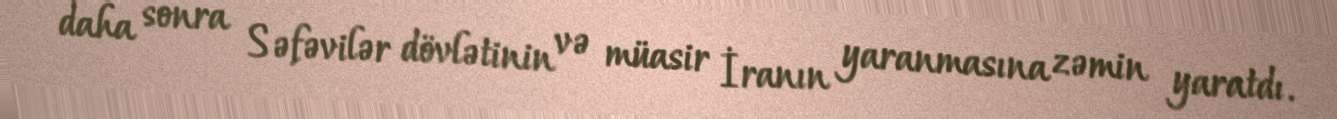
daha sonra Səfəvilər dövlətinin və müasir İranın yaranmasına zəmin yaratdı.